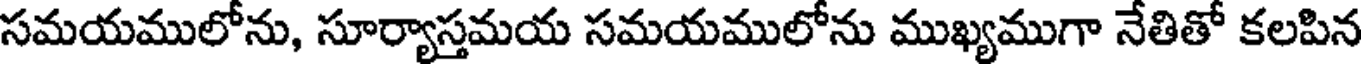
సమయములోను, సూర్యాస్తమయ సమయములోను ముఖ్యముగా నేతితో కలపిన